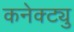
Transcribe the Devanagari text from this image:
कनेक्ट्यु